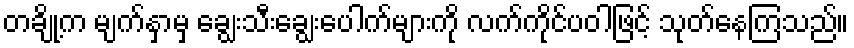
တချို့က မျက်နှာမှ ချွေးသီးချွေးပေါက်များကို လက်ကိုင်ပဝါဖြင့် သုတ်နေကြသည်။